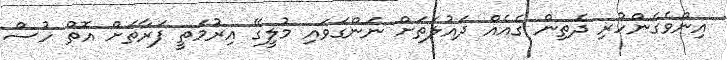
އިންވެގެންހުރި ދެތިން ގެއެއް ދައުލަތަށް ނަންގަވައި މުލީގޭ އިރުމަތީ ފަރާތަށް އޮތް ހުސް